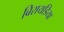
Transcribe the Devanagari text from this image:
बिरायडिया